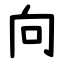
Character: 向